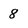
Character: 8